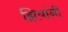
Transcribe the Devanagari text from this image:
झियांनी